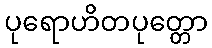
ပုရောဟိတပုတ္တော